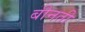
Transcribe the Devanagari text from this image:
बीनती